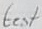
Text: test